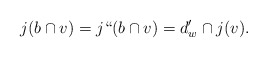
\begin{align*} j(b \cap v) = j``(b \cap v) = d'_w \cap j(v). \end{align*}